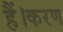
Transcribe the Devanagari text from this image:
हैं।करण